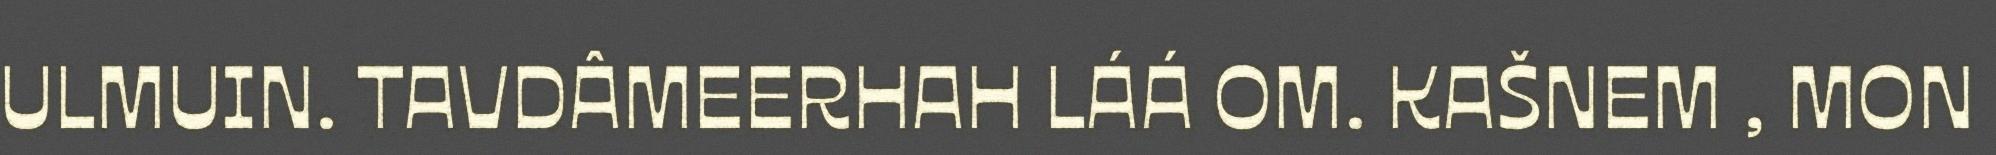
ULMUIN. TAVDÂMEERHAH LÁÁ OM. KAŠNEM , MON